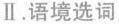
Ⅱ.语境选词